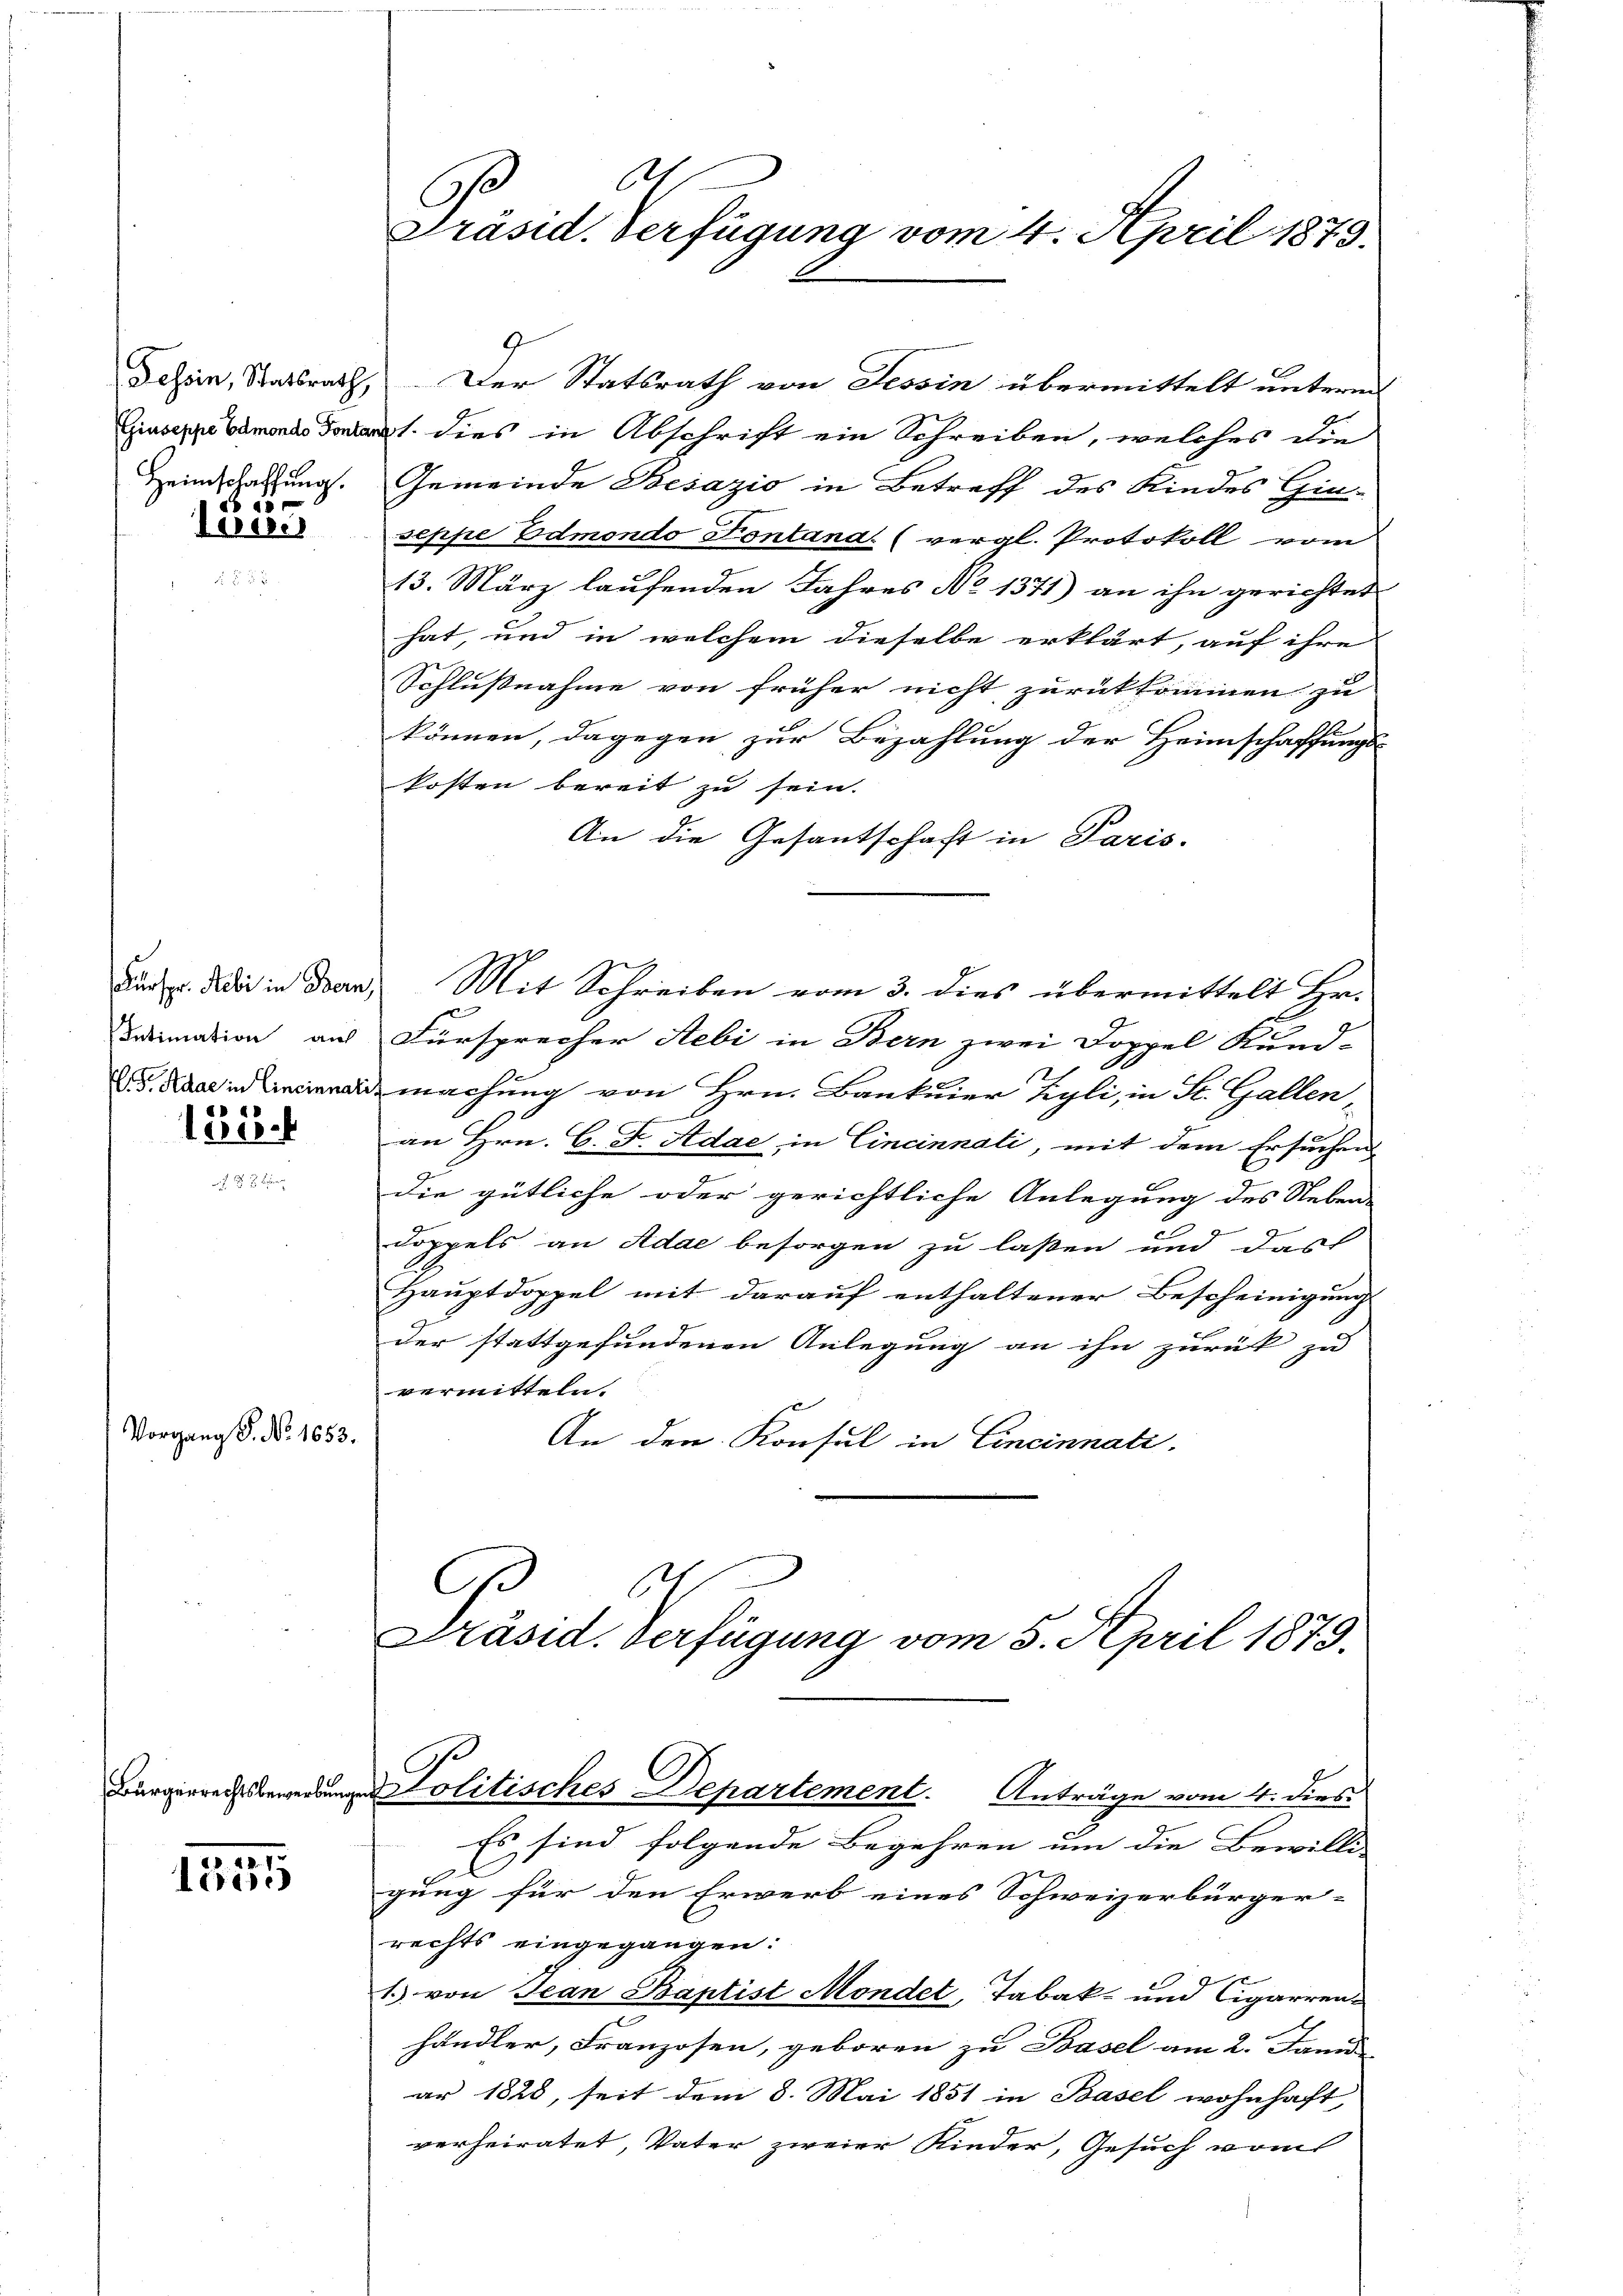
Heimschaffung.
 25

Teeser

Fürspr. Rebi in Bern
Intimation aus
VG. Adae in Cincinnal

1828.

Vorgang S. No. 165.

e
1555

3.

1
G
Präsid. Verfügung vom 4. April 1873.

Tessin, Statsrath, Der Statsrath von Tessin übermittelt unterm
Gieser dies in Abschrift ein Schreiben, welches die
Gemeinde Besazio in Betreff des Kindes Gin
seppe Edmondo Pontana. (vergl. Protokoll vom
13. März laufenden Jahres No 1371) an ihn gerichtet
hat, und in welchem dieselbe erklärt, auf ihre
Schlußnahme von früher nicht zurückkommen zu
können, dagegen zur Bezahlung der Heimschaffungs-
kosten bereit zu sein.
An die Gesantschaft in Paris.
Mit Schreiben vom 3. dies übermittelt Hr.
e
Fürsprecher Aebi in Bern zwei Doppel Kund-
machung von Hrn. Bankier Tyli, in St. Gallen,
an Hrn. C. F. Adae, in Cincinnati, mit dem Ersuchen
die gütliche oder gerichtliche Anlegung des Neben-
Doppels an Adae besorgen zu laßen und das
Hauptdoppel mit darauf enthaltener Bescheinigung
der stattgefundenen Anlegung an ihn zurück zu
vermitteln.
An den Konsul in Cincinnati
Ge
S
Präsid. Verfügung vom 5. April 1879.

Bürgerrechtsbewendungen Politisches Departement. Anträge vom 4. dies

Es sind folgende Begehren um die Bewilli
gung für den Erwerb eines Schweizerbürger-
rechts eingegangen:

1. von Jean Baptist Mondet, Tabak- und Cigarrenhändler, Franzosen, geboren zu Basel am 2. Jani
ar 1828, seit dem 8. Mai 1851 in Basel wohnhaft,
verheiratet, Vater zweier Kinder, Gesuch vom